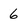
Character: 6